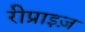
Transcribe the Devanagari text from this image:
रीप्राइज़